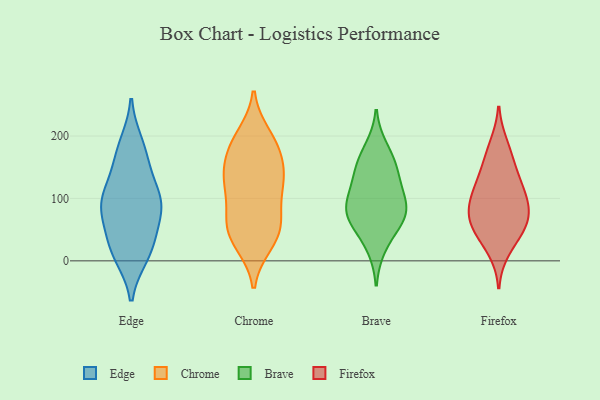
{"axis": {"x": "Budget (USD K)", "y": "Value"}, "legend": ["Brave", "Chrome", "Edge", "Firefox"], "data": [{"x": "", "y": 90, "type": "Edge"}, {"x": "", "y": 105, "type": "Edge"}, {"x": "", "y": 111, "type": "Edge"}, {"x": "", "y": 14, "type": "Edge"}, {"x": "", "y": 37, "type": "Edge"}, {"x": "", "y": 23, "type": "Edge"}, {"x": "", "y": 186, "type": "Edge"}, {"x": "", "y": 10, "type": "Edge"}, {"x": "", "y": 82, "type": "Edge"}, {"x": "", "y": 172, "type": "Edge"}, {"x": "", "y": 153, "type": "Edge"}, {"x": "", "y": 88, "type": "Edge"}, {"x": "", "y": 81, "type": "Edge"}, {"x": "", "y": 118, "type": "Chrome"}, {"x": "", "y": 140, "type": "Chrome"}, {"x": "", "y": 44, "type": "Chrome"}, {"x": "", "y": 66, "type": "Chrome"}, {"x": "", "y": 128, "type": "Chrome"}, {"x": "", "y": 67, "type": "Chrome"}, {"x": "", "y": 180, "type": "Chrome"}, {"x": "", "y": 130, "type": "Chrome"}, {"x": "", "y": 199, "type": "Chrome"}, {"x": "", "y": 184, "type": "Chrome"}, {"x": "", "y": 29, "type": "Chrome"}, {"x": "", "y": 128, "type": "Chrome"}, {"x": "", "y": 62, "type": "Chrome"}, {"x": "", "y": 35, "type": "Chrome"}, {"x": "", "y": 182, "type": "Chrome"}, {"x": "", "y": 21, "type": "Brave"}, {"x": "", "y": 65, "type": "Brave"}, {"x": "", "y": 145, "type": "Brave"}, {"x": "", "y": 114, "type": "Brave"}, {"x": "", "y": 160, "type": "Brave"}, {"x": "", "y": 94, "type": "Brave"}, {"x": "", "y": 181, "type": "Brave"}, {"x": "", "y": 137, "type": "Brave"}, {"x": "", "y": 83, "type": "Brave"}, {"x": "", "y": 58, "type": "Brave"}, {"x": "", "y": 69, "type": "Brave"}, {"x": "", "y": 91, "type": "Brave"}, {"x": "", "y": 115, "type": "Firefox"}, {"x": "", "y": 60, "type": "Firefox"}, {"x": "", "y": 59, "type": "Firefox"}, {"x": "", "y": 141, "type": "Firefox"}, {"x": "", "y": 82, "type": "Firefox"}, {"x": "", "y": 168, "type": "Firefox"}, {"x": "", "y": 54, "type": "Firefox"}, {"x": "", "y": 17, "type": "Firefox"}, {"x": "", "y": 80, "type": "Firefox"}, {"x": "", "y": 96, "type": "Firefox"}, {"x": "", "y": 41, "type": "Firefox"}, {"x": "", "y": 130, "type": "Firefox"}, {"x": "", "y": 101, "type": "Firefox"}, {"x": "", "y": 186, "type": "Firefox"}]}